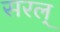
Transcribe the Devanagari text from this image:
सरल्